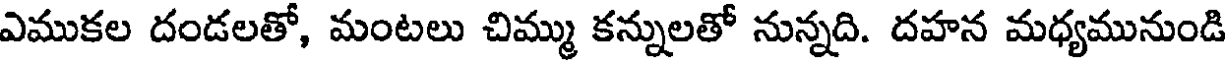
ఎముకల దండలతో, మంటలు చిమ్ము కన్నులతో నున్నది. దహన మధ్యమునుండి